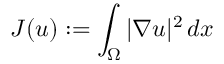
J ( u ) : = \int _ { \Omega } | \nabla u | ^ { 2 } \, d x